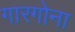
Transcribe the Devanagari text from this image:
गारगोना